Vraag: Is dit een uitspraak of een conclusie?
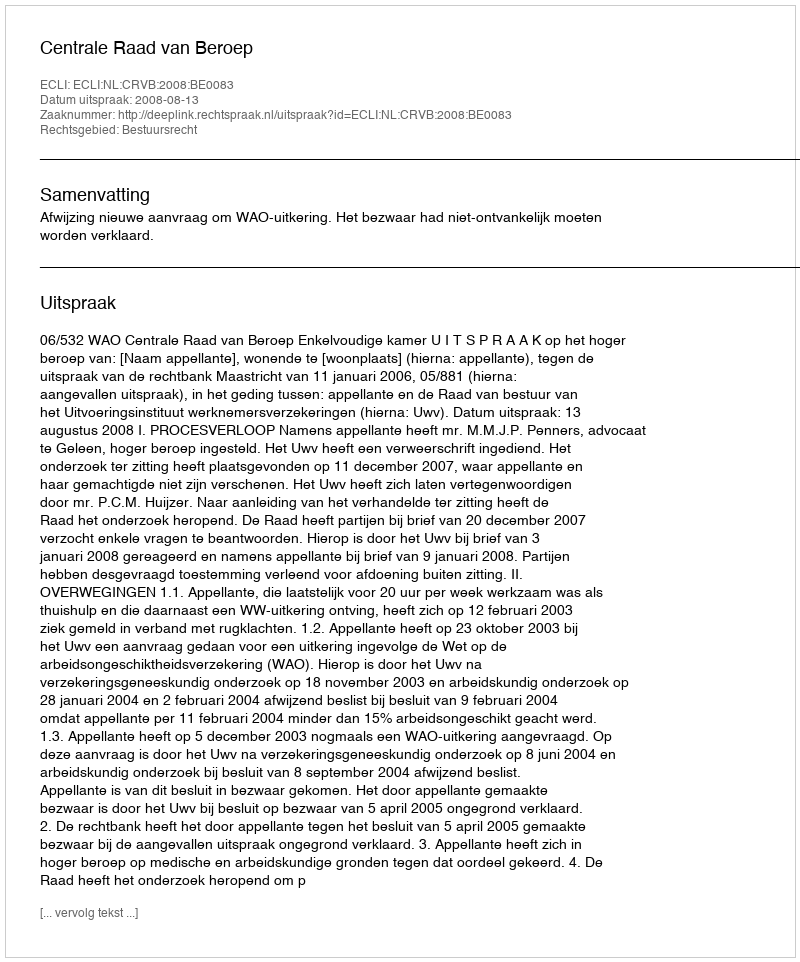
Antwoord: Uitspraak